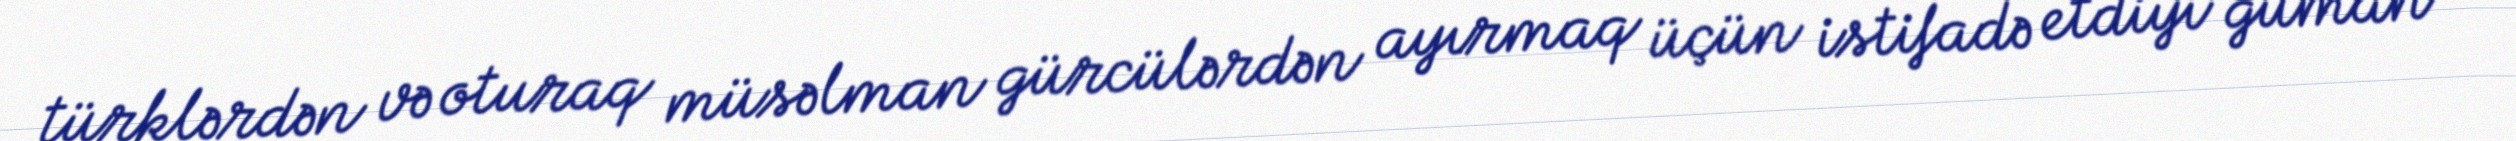
türklərdən və oturaq müsəlman gürcülərdən ayırmaq üçün istifadə etdiyi güman